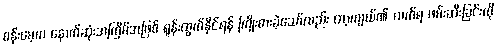
စန်းမေ့က နောက်ဆုံးအကြိမ်အဖြစ် ရုန်းထွက်နိုင်ရန် ကြိုးစားခဲ့သော်လည်း တာ့ကျယ်၏ လက်ရ ဖမ်းဆီးခြင်းကို